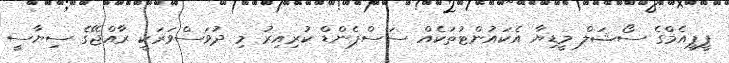
ޕީޕީއެމްގެ ސޯޝަލް މީޑިޔާ އެކައުންޓުތަކެއް ސަސްޕެންޑް ކުރިއިރު މި ދުވަސްވަރަކީ ރާއްޖޭގެ ސިޔާސީ